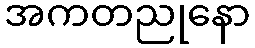
အကတညုနော